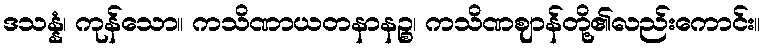
ဒသန္နံ၊ ကုန်သော။ ကသိဏာယတနာနဉ္စ၊ ကသိဏဈာန်တို့၏လည်းကောင်း။